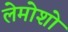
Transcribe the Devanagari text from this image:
लेमोशो